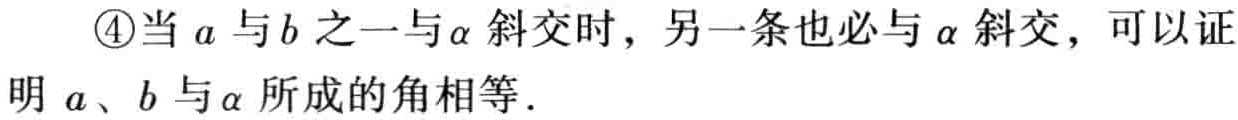
\textcircled{4}当\(a\)与\(b\)之一与\(\alpha\)斜交时，另一条也必与\(\alpha\)斜交，可以证明 \(a\)、\(b\)与\(\alpha\)所成的角相等．